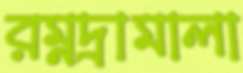
রম্নদ্রামালা